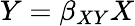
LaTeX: Y=\beta_{XY}X